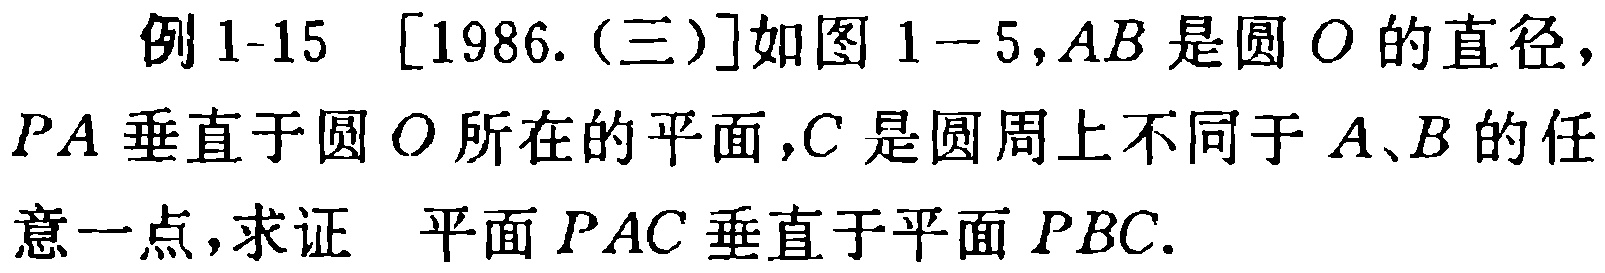
例 1-15 [1986.(三)]如图 1-5,$AB$是圆$O$的直径，$PA$垂直于圆$O$所在的平面，$C$是圆周上不同于$A、B$的任意一点，求证 平面$PAC$垂直于平面$PBC$.